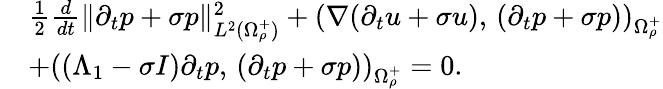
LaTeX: \begin{array}{r}{\begin{array}{rl}&{\frac{1}{2}\frac{d}{dt}\| \partial_{t}p+\sigma p\| _{L^{2}(\Omega_{\rho}^{+})}^{2}+\left(\nabla(\partial_{t}u+\sigma u),\, (\partial_{t}p+\sigma p)\right)_{\Omega_{\rho}^{+}}}\\ &{+\left((\Lambda_{1}-\sigma I)\partial_{t}p,\, (\partial_{t}p+\sigma p)\right)_{\Omega_{\rho}^{+}}=0.}\end{array}}\end{array}